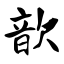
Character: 歆